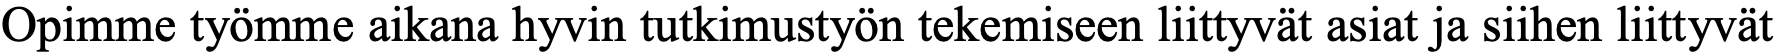
Opimme työmme aikana hyvin tutkimustyön tekemiseen liittyvät asiat ja siihen liittyvät